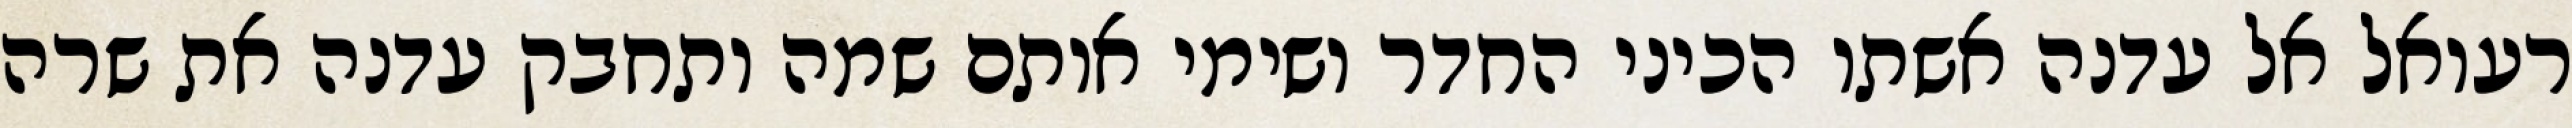
רעואל אל עדנה אשתו הכיני החדר ושימי אותם שמה ותחבק עדנה את שרה